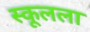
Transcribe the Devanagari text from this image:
स्कूलला